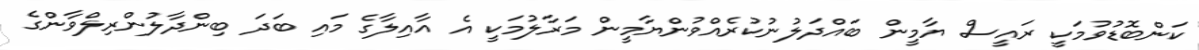
ކަންބޮޑުވުމަކީ ރައީސް ޔާމީން ބައްދަލުނުކުރެއްވުންޔާމީން މަރާލުމަކީ އެ އާއިލާގެ މައި ބަދަ ބިންދާލުންރިލްވާންގެ